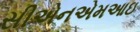
સીએનએમઆઇ